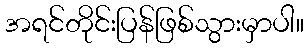
အရင်တိုင်းပြန်ဖြစ်သွားမှာပါ။